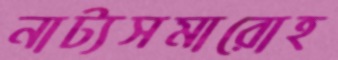
নাট্যসমারোহ